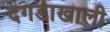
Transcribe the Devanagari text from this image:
दगडाखाली